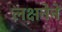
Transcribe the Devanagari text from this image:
लक्षनेने